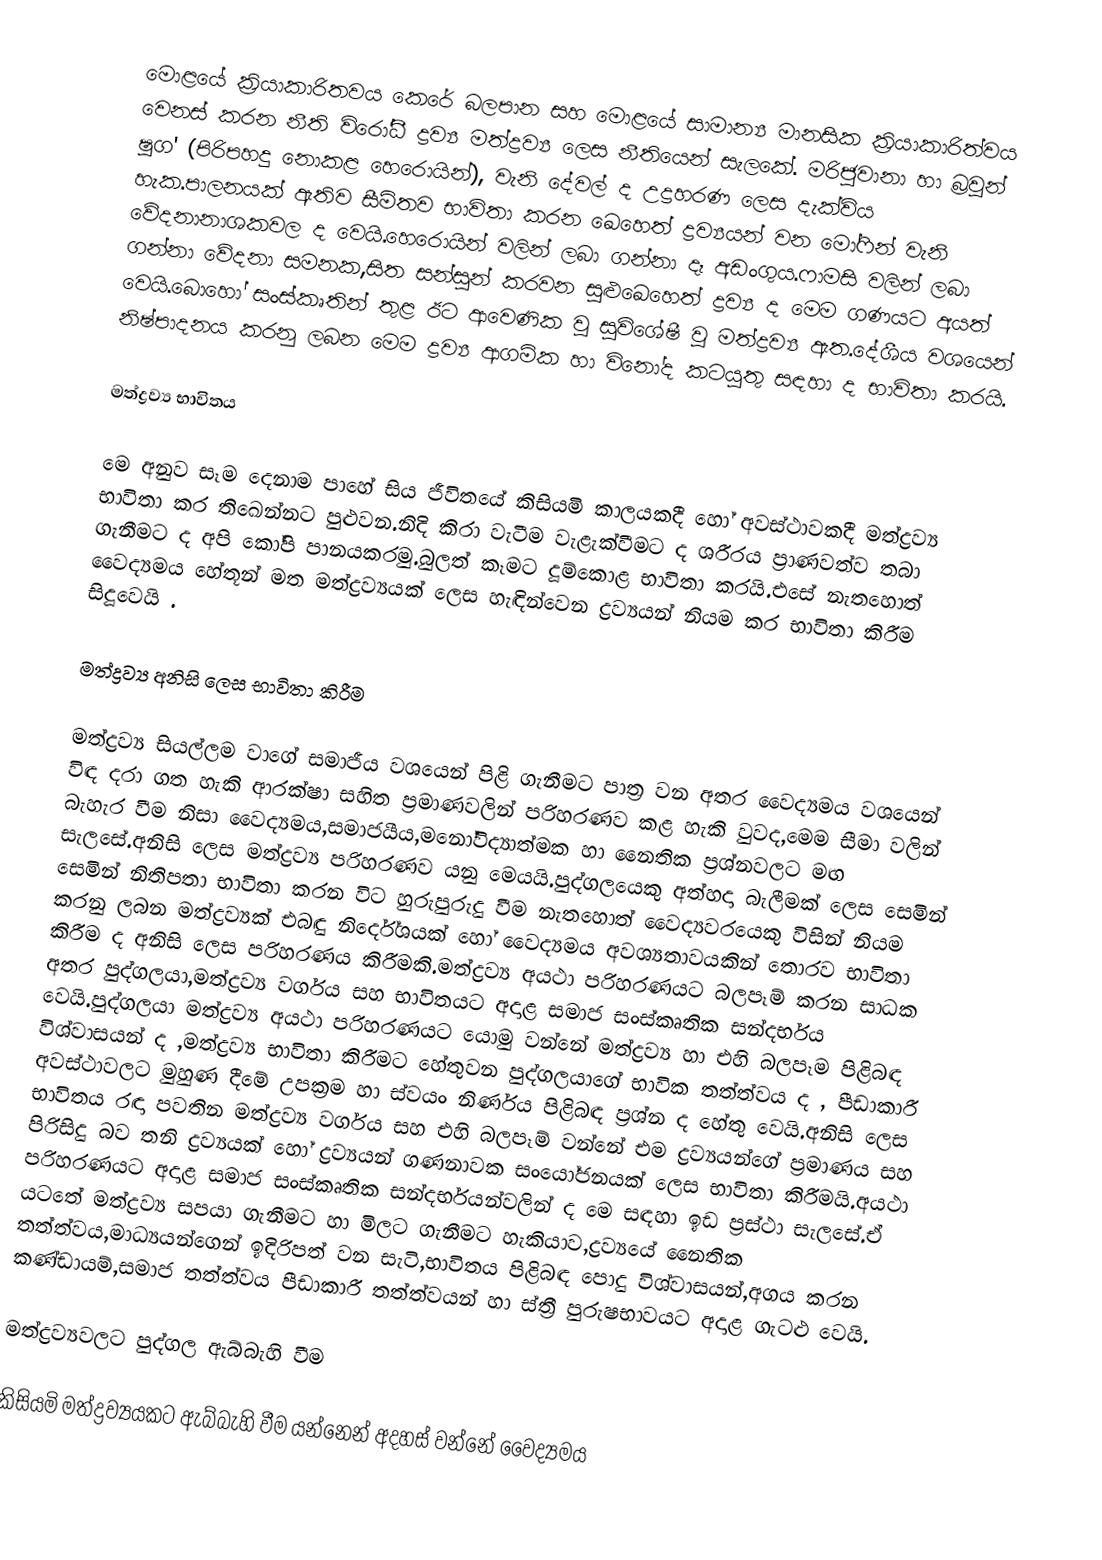
මොළයේ ක්‍රි‍යාකාරිතවය කෙරේ බලපාන සහ මොළයේ සාමාන්‍ය මානසික ක්‍රියාකාරිත්වය වෙනස් කරන නීති විරෝධී ද්‍රව්‍ය මත්ද්‍රව්‍ය ලෙස නීතියෙන් සැලකේ. මරිජුවානා හා බ්‍රවුන් ෂුග' (පිරිපහදු නොකළ හෙරොයින්), වැනි දේවල් ද උද්‍රහරණ ලෙස දැක්විය හැක.පාලනයක් ඇතිව සීමිතව  භාවිතා කරන ඛෙහෙත් ද්‍රව්‍යයන් වන මෝෆින් වැනි වේදනානාශකවල ද වෙයි.හෙරොයින් වලින් ලබා ගන්නා දෑ අඩංගුය.ෆාමසි වලින් ලබා ගන්නා වේදනා සමනක,සිත සන්සුන් කරවන සුළුඛෙහෙත් ද්‍රව්‍ය ද මෙම ගණයට අයත් වෙයි.බොහෝ සංස්කෘතින් තුළ ඊට ආ‍වෙණික වූ සුවිශේෂී වූ මත්ද්‍රව්‍ය ඇත.දේශීය වශයෙන්  නිෂ්පාදනය කරනු ලබන මෙම ද්‍රව්‍ය ආගමික හා විනෝද කටයුතු සඳහා ද භාවිතා කරයි.

මත්ද්‍රව්‍ය භාවිතය

මෙ අනුව සෑම දෙනාම පාහේ සිය ජීවිතයේ කිසියමි කාලයකදී හෝ අවස්ථාවකදී මත්ද්‍රව්‍ය භාවිතා කර තිඛෙන්නට පුළුවන.නිදි කිරා වැටීම වැළැක්වීමට ද ශරීරය ප්‍රාණවත්ව තබා ගැනීමට ද අපි කෝපි පානයකරමු.බුලත් කෑමට දූම්කොළ භාවිතා කරයි.එසේ නැතහොත් වෛද්‍යමය හේතූන් මත ‍මත්ද්‍රව්‍යයක් ලෙස හැඳින්වෙන ද්‍රව්‍යයන් නියම කර භාවිතා කිරීම සිදූවෙයි .

මත්ද්‍රව්‍ය අනිසි ලෙස භාවිතා කිරීම

මත්ද්‍රව්‍ය සියල්ලම වාගේ සමාජීය වශයෙන් පිළි ගැනීමට පාත්‍ර වන අතර වෛද්‍යමය වශයෙන් විඳ දරා ගත හැකි ආරක්ෂා සහිත ප්‍රමාණවලින් පරිහරණව කළ හැකි වුවද,මෙම සීමා වලින් බැහැර වීම නිසා වෛද්‍යමය,සමාජයීය,මනෝවිද්‍යාත්මක හා නෛතික ප්‍රශ්නවලට මඟ සැලසේ.අනිසි ලෙස  මත්ද්‍රව්‍ය පරිහරණව යනු මෙයයි.පුද්ගලයෙකු අත්හදා බැලීමක් ලෙස සෙමින් සෙමින් නිතිපතා භාවිතා  කරන විට හුරුපුරුදු වීම නැතහොත් වෛද්‍යවරයෙකු විසින් නියම කරනු ලබන මත්ද්‍රව්‍යක් එබඳු නිර්දේශයක් හෝ වෛද්‍යමය අවශ්‍යතාවයකින් තොරව  භාවිතා කිරීම ද අනිසි ලෙස පරිහරණය කිරීමකි.මත්ද්‍රව්‍ය අයථා පරිහරණයට බලපෑම් කරන සාධක අතර පුද්ගලයා,මත්ද්‍රව්‍ය වර්ගය සහ භාවිතයට අදාළ සමාජ සංස්කෘතික සන්දර්භය වෙයි.පුද්ගලයා මත්ද්‍රව්‍ය අයථා පරිහරණයට යොමු වන්නේ මත්ද්‍රව්‍ය හා එහි බලපෑම පිළිබඳ විශ්වාසයන් ද ,මත්ද්‍රව්‍ය  භාවිතා කිරීමට හේතුවන පුද්ගලයාගේ භාවික තත්ත්වය ද , පීඩාකාරී අවස්ථාවලට මුහුණ දීමේ උපක්‍රම හා ස්වයං නිර්ණය පිළිබඳ ප්‍රශ්න ද හේතු වෙයි.අනිසි ලෙස භාවිතය රඳා පවතින මත්ද්‍රව්‍ය වර්ගය සහ එහි බලපෑම් වන්නේ එම ද්‍රව්‍යයන්ගේ  ප්‍රමාණය සහ පිරිසිදු බව තනි ද්‍රව්‍යයක් හෝ ද්‍රව්‍යයන් ගණනාවක සංයෝජනයක් ලෙස භාවිතා කිරීමයි.අයථා පරිහරණයට අදාළ සමාජ සංස්කෘතික සන්දර්භයන්වලින් ද මෙ සඳහා ඉඩ ප්‍රස්ථා සැලසේ.ඒ යටතේ මත්ද්‍රව්‍ය සපයා ගැනීමට හා මිලට ගැනීමට හැකියාව,ද්‍රව්‍යයේ නෛතික තත්ත්වය,මාධ්‍යයන්ගෙන් ඉදිරිපත් වන සැටි,භාවිතය  පිළිබඳ පොදු විශ්වාසයන්,අගය කරන කණ්ඩායම්,සමාජ තත්ත්වය පීඩාකාරී තත්ත්වයන් හා ස්ත්‍රී පුරුෂභාවයට අදාළ ගැටළු වෙයි.

මත්ද්‍රව්‍යවලට පුද්ගල ඇබ්බැහි වීම

කිසියමි මත්ද්‍රව්‍යයකට ඇබ්බැහි වීම යන්නෙන් අදහස් වන්නේ වෛද්‍යමය